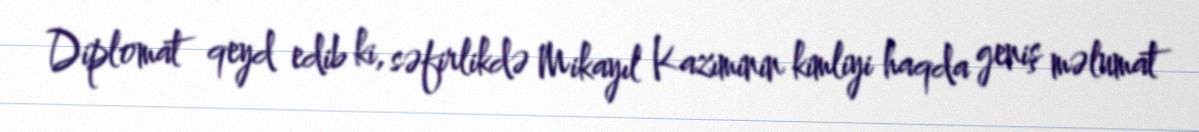
Diplomat qeyd edib ki, səfirlikdə Mikayıl Kazıminin kimliyi haqda geniş məlumat